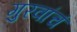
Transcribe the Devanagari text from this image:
गुरवांचं